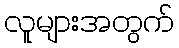
လူများအတွက်